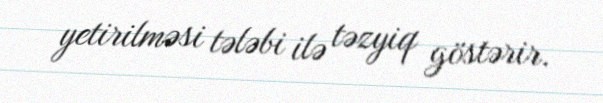
yetirilməsi tələbi ilə təzyiq göstərir.